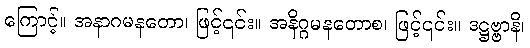
ကြောင့်။ အနာဂမနတော၊ ဖြင့်၎င်း။ အနိဂ္ဂမနတောစ၊ ဖြင့်၎င်း။ ဒဋ္ဌဗ္ဗာနိ၊